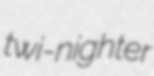
twi-nighter